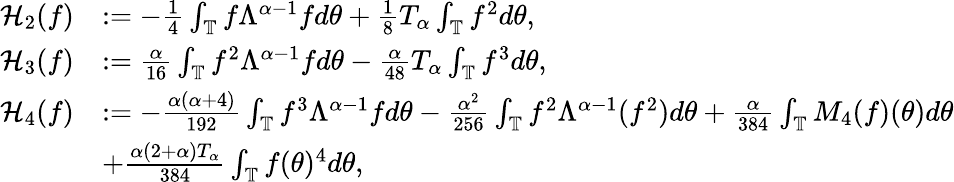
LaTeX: \begin{array}{rl}{\mathcal{H}_{2}(f)}&{:=-\frac{1}{4}\int_{\mathbb{T}}f\Lambda^{\alpha-1}fd\theta+\frac{1}{8}T_{\alpha}\int_{\mathbb{T}}f^{2}d\theta,}\\ {\mathcal{H}_{3}(f)}&{:=\frac{\alpha}{16}\int_{\mathbb{T}}f^{2}\Lambda^{\alpha-1}fd\theta-\frac{\alpha}{48}T_{\alpha}\int_{\mathbb{T}}f^{3}d\theta,}\\ {\mathcal{H}_{4}(f)}&{:=-\frac{\alpha(\alpha+4)}{192}\int_{\mathbb{T}}f^{3}\Lambda^{\alpha-1}fd\theta-\frac{\alpha^{2}}{256}\int_{\mathbb{T}}f^{2}\Lambda^{\alpha-1}(f^{2})d\theta+\frac{\alpha}{384}\int_{\mathbb{T}}M_{4}(f)(\theta)d\theta}\\ &{+\frac{\alpha(2+\alpha)T_{\alpha}}{384}\int_{\mathbb{T}}f(\theta)^{4}d\theta,}\end{array}